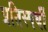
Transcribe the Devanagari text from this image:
प्रतिस्पर्घी